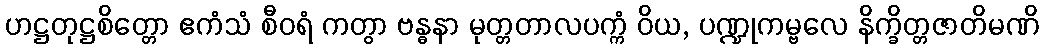
ဟဋ္ဌတုဋ္ဌစိတ္တော ဧကံသံ စီဝရံ ကတွာ ဗန္ဓနာ မုတ္တတာလပက္ကံ ဝိယ, ပဏ္ဍုကမ္ဗလေ နိက္ခိတ္တဇာတိမဏိ